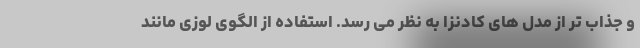
و جذاب تر از مدل های کادنزا به نظر می رسد. استفاده از الگوی لوزی مانند